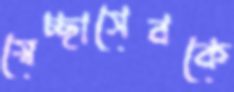
স্বেচ্ছাসেবকে